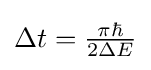
\textstyle \Delta t={\frac {\pi \hbar }{2\Delta E}}